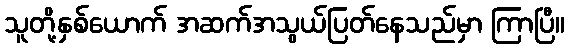
သူတို့နှစ်ယောက် အဆက်အသွယ်ပြတ်နေသည်မှာ ကြာပြီ။